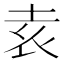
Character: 𡊮